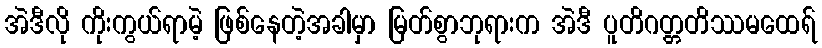
အဲဒီလို ကိုးကွယ်ရာမဲ့ ဖြစ်နေတဲ့အခါမှာ မြတ်စွာဘုရားက အဲဒီ ပူတိဂတ္တတိဿမထေရ်